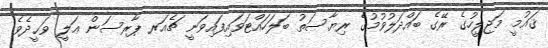
ޤައުމީ މަޖިލީހުގެ ރޭގެ ބައްދަލުވުމުގެ ރިޔާސަތު ބަލަހައްޓަވައިފައިވަނީ ޗެއަރ ޕާރސަން ޢަލީ ވަޙީދެވެ.